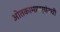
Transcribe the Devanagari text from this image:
ओतकामापर्यंतची